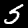
Label: 5